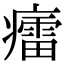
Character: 癗